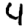
Digit: 4